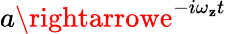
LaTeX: a\rightarrowe^{-i\omega_{\mathbf{z}}t}